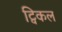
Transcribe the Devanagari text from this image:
ट्विकल